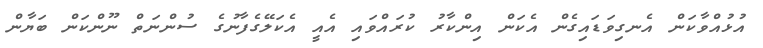
އުޅުއްވާކަން އެނގިވަޑައިގެން އެކަން އިންކާރު ކުރައްވައި އެއީ އެކަލޭގެފާނުގެ ސުންނަތް ނޫންކަން ބަޔާން